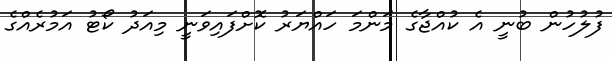
ފުލުހުން ބުނީ އެ ކުއްޖާގެ މަންމަ ހައްޔަރު ކޮށްފައިވަނީ މިއަދު ކޯޓު އަމުރެއްގެ